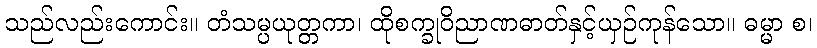
သည်လည်းကောင်း။ တံသမ္ပယုတ္တကာ၊ ထိုစက္ခုဝိညာဏဓာတ်နှင့်ယှဉ်ကုန်သော။ ဓမ္မာ စ၊